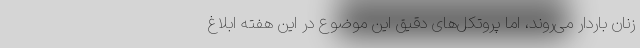
زنان باردار می‌روند، اما پروتکل‌های دقیق این موضوع در این هفته ابلاغ